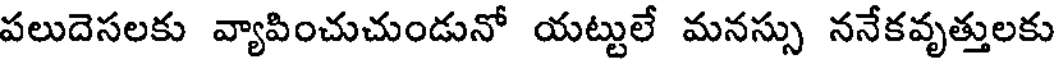
పలుదెసలకు వ్యాపించుచుండునో యట్టులే మనస్సు ననేకవృత్తులకు